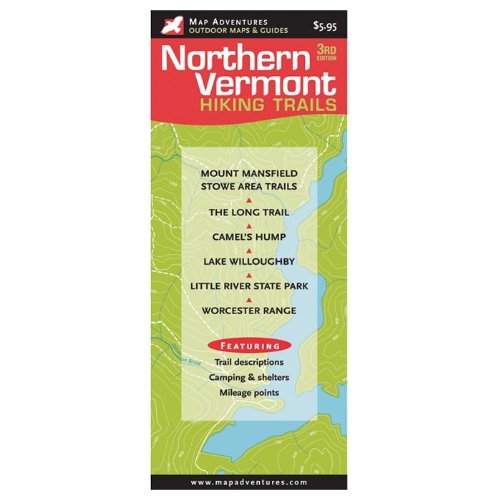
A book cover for Northern Vermont Hiking Trail; Travel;